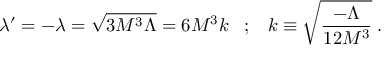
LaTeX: \lambda ^ { \prime } = - \lambda = \sqrt { 3 M ^ { 3 } \Lambda } = 6 M ^ { 3 } k \; \; \; ; \; \; \; k \equiv \sqrt { \frac { - \Lambda } { 1 2 M ^ { 3 } } } \; .